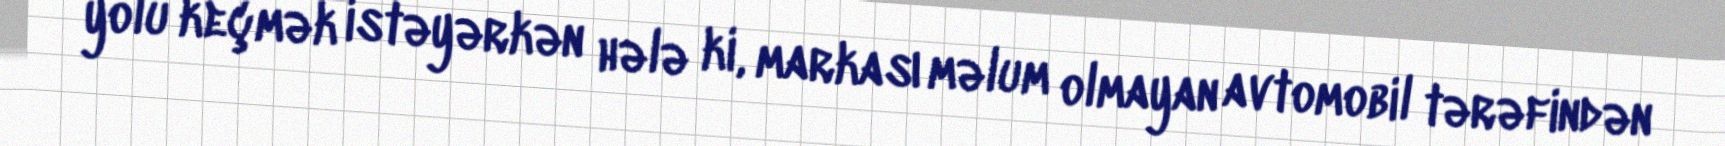
yolu keçmək istəyərkən hələ ki, markası məlum olmayan avtomobil tərəfindən